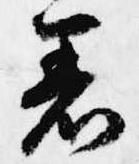
着